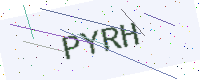
Text: PYRH